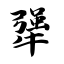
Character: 犟